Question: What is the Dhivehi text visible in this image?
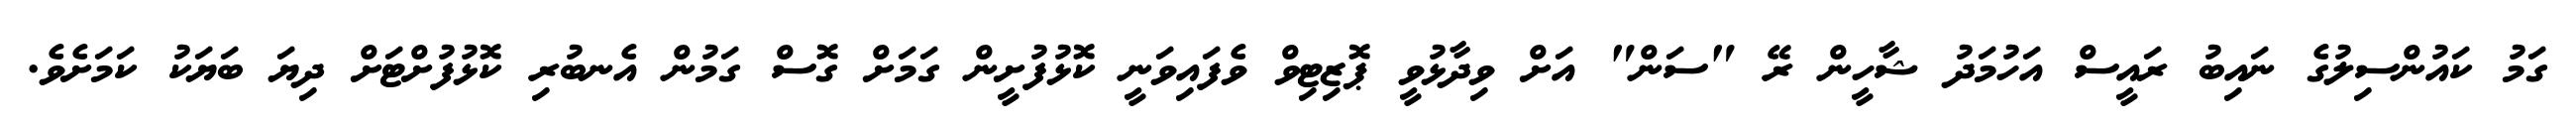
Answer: ގަމު ކައުންސިލުގެ ނައިބު ރައީސް އަހުމަދު ޝާހީން ރޭ "ސަން" އަށް ވިދާޅުވީ ޕޮޒިޓިވް ވެފައިވަނީ ކޮޅުފުށީން ގަމަށް ގޮސް ގަމުން އެނބުރި ކޮޅުފުށްޓަށް ދިޔަ ބަޔަކު ކަމަށެވެ.